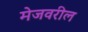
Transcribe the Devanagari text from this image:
मेजवरील